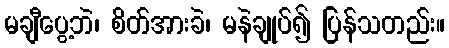
မချီပွေ့ဘဲ၊ စိတ်အားခဲ၊ မနဲချုပ်၍ ပြန်သတည်း။